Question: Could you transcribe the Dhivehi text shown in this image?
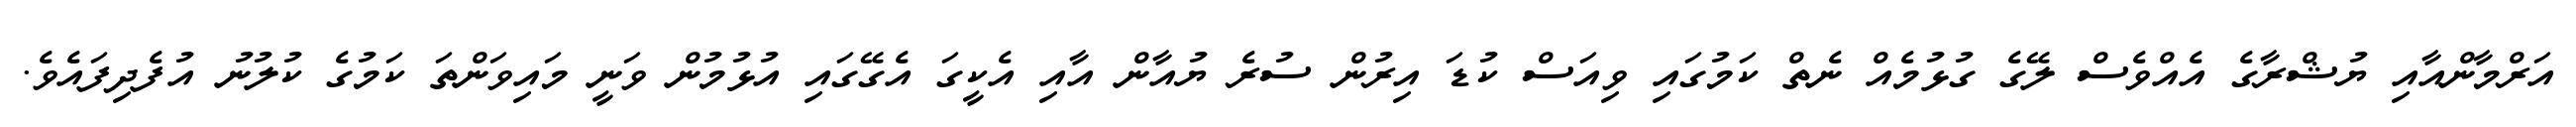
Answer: އަރްމާންއާއި ޔުޝްރާގެ އެއްވެސް ލޭގެ ގުޅުމެއް ނެތް ކަމުގައި ވިއަސް ކުޑަ އިރުން ސުރެ ޔުއާން އާއި އެކީގަ އެގޭގައި އުޅުމުން ވަނީ މައިވަންތަ ކަމުގެ ކުލުނު އުފެދިފައެވެ.